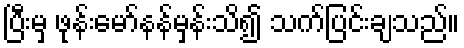
ပြီးမှ ဖုန်းမော်နန်မှန်းသိ၍ သက်ပြင်းချသည်။